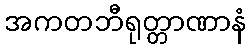
အကတဘီရုတ္တာဏာနံ